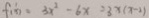
f ( x ) = 3 x ^ { 2 } - 6 x = 3 x ( x - 2 )